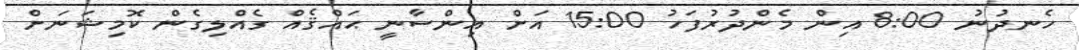
ހެނދުނު 8:00 އިން މެންދުރުފަހު 15:00 އަށް އިންސާނީ ޙައްޤެއް ގެއްލިގެން ކޮމިޝަނަށް